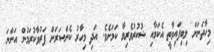
މިހާތަނަށް ލިބިފައިވާތީ އެކަމާއި ޝުކުރުވެރިވާ ކަމަށެވެ. އަދި މިހާރު ކެންސަރަށް ފަރުވާކުރަމުން އަންނަ